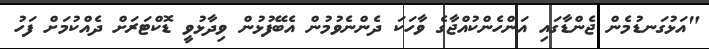
"އަޅުގަނޑުމެން ޖެންޑާގައި އަންހެންކުއްޖާގެ ވާހަކަ ދެންނެވުމުން އެބޭފުޅުން ވިދާޅުވީ ޑޮކްޓަރަށް ދެއްކުމަށް ފަހު